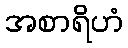
အစာရိဟံ